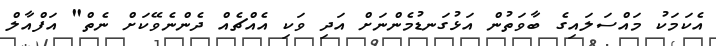
އެކަމަކު މައްސަލައިގެ ބާވަތުން އަޅުގަނޑުމެންނަށް އަދި ވަކި އެއްޗެއް ދެންނެވޭކަށް ނެތް" އަފްއާލް